Annual report on the Civil Veterinary Department, Burma (including the Insein Veterinary School) - 1923-1931
Year: 1923
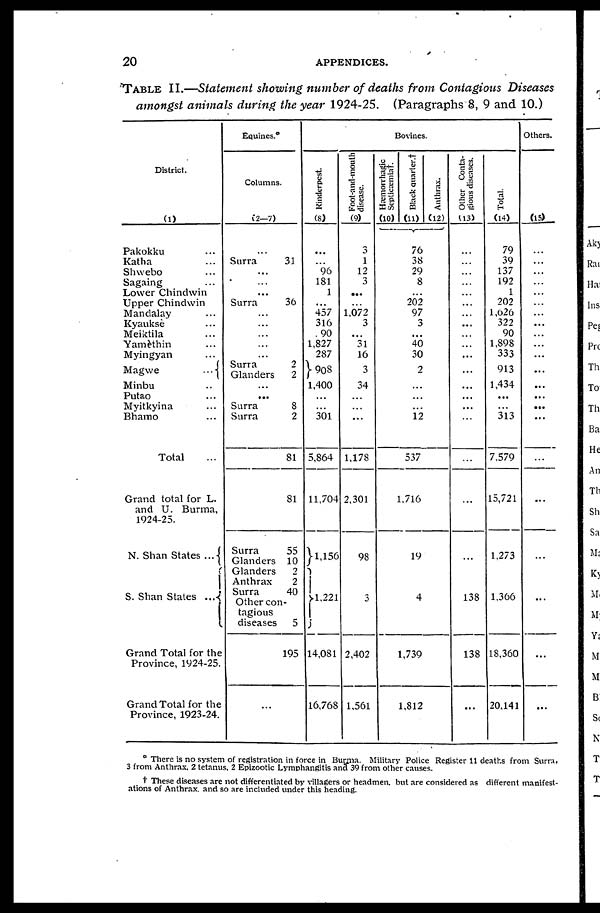
20
APPENDICES.
TABLE II.—Statement showing number of deaths from Contagious
Diseases
amongst animals
during the year 1924-25. (Paragraphs 8, 9 and 10.)
District.
(1)
Pakokku ...
Katha ...
Shwebo ...
Sagaing ...
Lower Chindwin
Upper Chindwin
Mandalay ...
Kyaukse ...
Meiktila ...
Yamèthin ...
Myingyan ...
Magwe
...
Minbu ...
Putao ...
Myitkyina ...
Bhamo ...
Total ...
Grand total for L.
and U. Burma,
1924-25.
N. Shan States ...
S. Shan States ...
Grand Total for the
Province, 1924-25.
Grand Total for the
Province, 1923-24.
Equines.*
Columns.
(2—7)
...
Surra
31
...
...
...
Surra
36
...
...
...
...
...
Surra
2
Glanders
2
...
...
Surra
8
Surra
2
81
81
Surra
55
Glanders 10
Glanders
2
Anthrax
2
Surra
40
Other con-
tagious
diseases
5
195
...
Bovines.
Rinderpest.
(8)
...
...
96
181
1
...
457
316
90
1,827
287
908
1,400
...
...
301
5,864
11,704
1,156
1,221
14,081
16,768
Foot-and-mouth
disease.
(9)
3
1
12
3
...
1,072
3
...
31
16
3
34
...
...
...
1,178
2,301
98
3
2,402
1,561
Hæmorrhagic
Septicæmia†.
(10)
Black quarter.†
(11)
76
38
29
8
...
202
97
3
...
40
30
2
...
...
...
12
537
1,716
19
4
1,739
1,812
Anthrax.
(12)
Other Conta-
gious diseases.
(13)
...
...
...
...
...
...
...
...
...
...
...
...
...
...
...
...
...
...
...
138
138
...
Total.
(14)
79
39
137
192
1
202
l,o26
322
90
1,898
333
913
1,434
...
...
313
7,579
15,721
1,273
1,366
18,360
20,141
Others.
(15)
...
...
...
...
...
...
...
...
...
...
...
...
...
...
...
...
...
...
...
...
...
...
* There is no system of registration in force in Burma. Military Police Register 11 deaths from Surra,
3 from Anthrax, 2 tetanus. 2 Epizootic Lymphangitis and 39 from other causes.
† These diseases are not differentiated by villagers or headmen, but are considered as different manifest-
ations of Anthrax, and so are included under this heading.